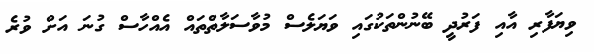
ވިޔަފާރި އާއި ފަރުދީ ބޭނުންތަކުގައި ވަޔަލެސް މުވާސަލާތްތައް އެއްހާސް ގުނަ އަށް ވުރެ